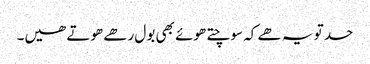
حد تو یہ ھے کہ سوچتے ھوئے بھی بول رھے ھوتے ھیں۔